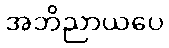
အဘိညာယပေ